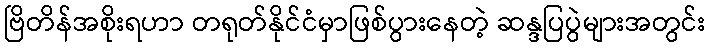
ဗြိတိန်အစိုးရဟာ တရုတ်နိုင်ငံမှာဖြစ်ပွားနေတဲ့ ဆန္ဒပြပွဲများအတွင်း